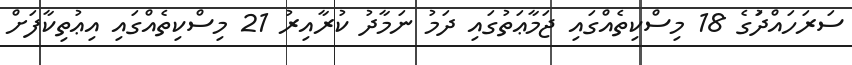
ސަރަހައްދުަގެ 18 މިސްކިތެއްގައި ޖަމާޢަތުގައި ދަމު ނަމާދު ކުރާއިރު 21 މިސްކިތެއްގައި އިޢުތިކާފަށް